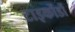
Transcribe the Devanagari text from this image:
टाइकोंडों